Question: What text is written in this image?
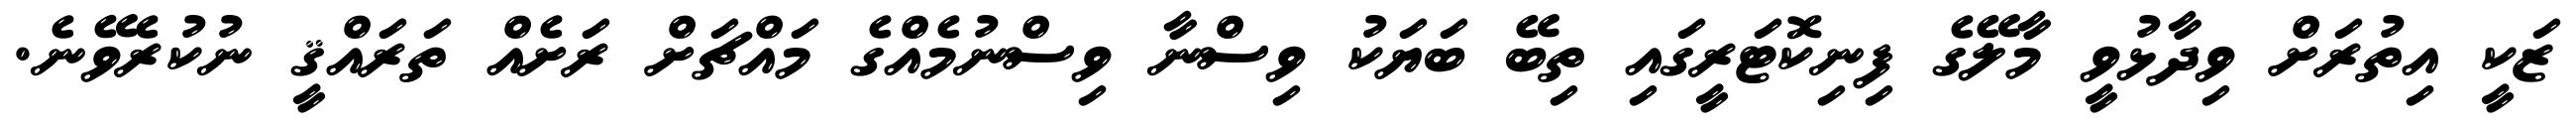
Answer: ޒަކީ އިތުރަށް ވިދާޅުވީ މާލޭގެ ފިނިކޮޓަރީގައި ތިބޭ ބަޔަކު ވިސްނާ ވިސްނުމެއްގެ މައްޗަށް ރަށެއް ތަރައްޤީ ނުކުރެވޭނެ.